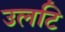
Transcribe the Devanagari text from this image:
उलटि